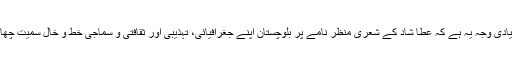
اس کی بنیادی وجہ یہ ہے کہ عطا شاد کے شعری منظر نامے پر بلوچستان اپنے جغرافیائی، تہذیبی اور ثقافتی و سماجی خط و خال سمیت چھایا ہوا ہے۔